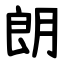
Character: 朗